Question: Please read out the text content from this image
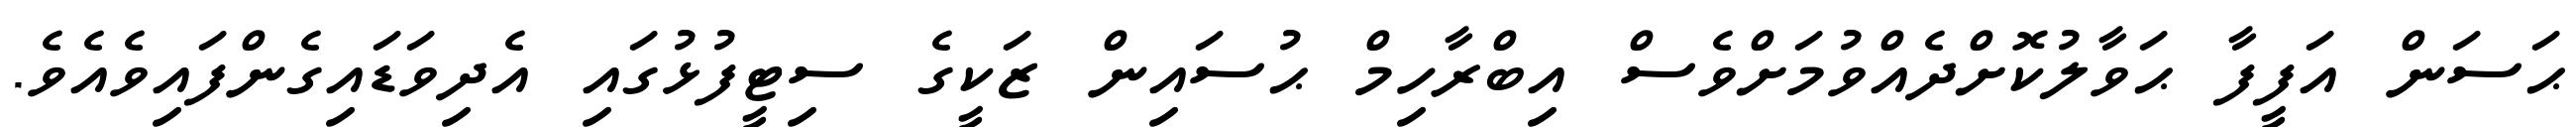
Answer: ޙަސަން އަފީފާ ޙަވާލުކޮށްދެއްވުމަށްވެސް އިބްރާހިމް ޙުސައިން ޒަކީގެ ސިޓީފުޅުގައި އެދިވަޑައިގެންފައިވެއެވެ.